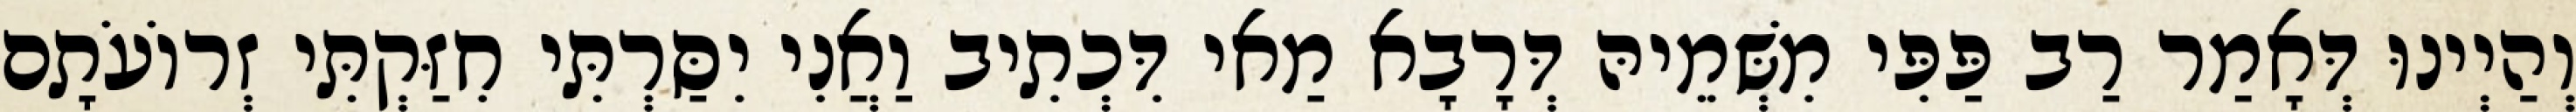
וְהַיְינוּ דְּאָמַר רַב פַּפִּי מִשְּׁמֵיהּ דְּרָבָא מַאי דִּכְתִיב וַאֲנִי יִסַּרְתִּי חִזַּקְתִּי זְרוֹעֹתָם